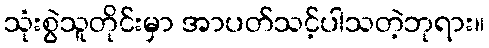
သုံးစွဲသူတိုင်းမှာ အာပတ်သင့်ပါသတဲ့ဘုရား။